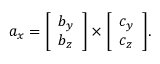
a _ { x } = { \left[ \begin{array} { l } { b _ { y } } \\ { b _ { z } } \end{array} \right] } \times { \left[ \begin{array} { l } { c _ { y } } \\ { c _ { z } } \end{array} \right] } .